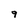
Character: q